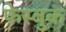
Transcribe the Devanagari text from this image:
फेस्बुक